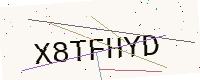
Text: X8TFHYD